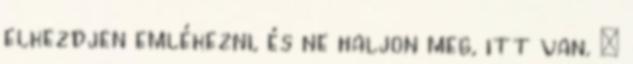
elkezdjen emlékezni, és ne haljon meg, itt van. :